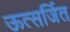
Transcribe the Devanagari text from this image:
ऊत्सर्जित